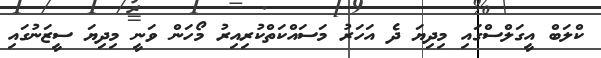
ކްލަބް އީގަލްސްގައި މިދިޔަ ދެ އަހަރު މަސައްކަތްކުރިއިރު މޯހަން ވަނީ މިދިޔަ ސީޒަނުގައި